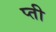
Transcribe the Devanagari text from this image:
प्ती